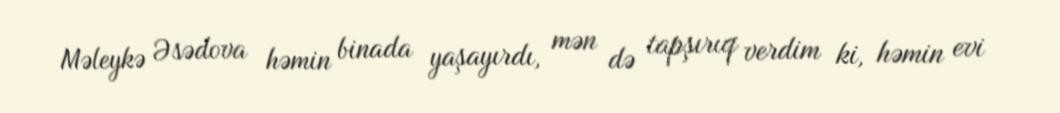
Məleykə Əsədova həmin binada yaşayırdı, mən də tapşırıq verdim ki, həmin evi